Leaving Certificate Examination, 1916
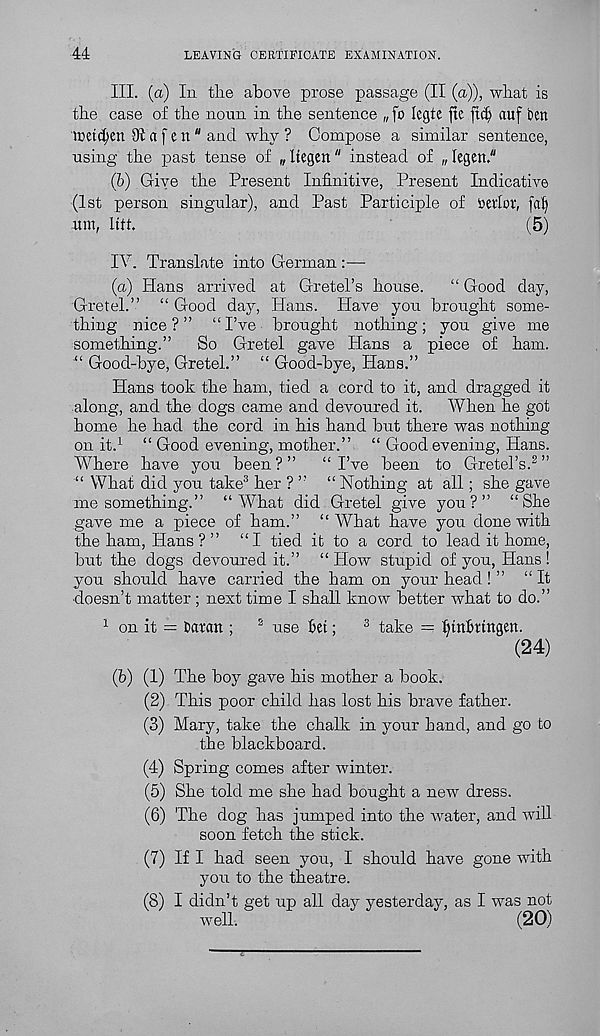
44
LEAVING CERTIFICATE EXAMINATION.
III. (a) Iii tlie above prose passage (II (a)), what is
the case of the noun in the sentence „ fo legtc fte ft$ auf ben
tteti^en 91 a f e n" and why ? Compose a similar sentence,
using the past tense of „ Itegen" instead of „ legen."
(b) Give the Present Infinitive, Present Indicative
(1st person singular), and Past Participle of toerlor, fctf)
urn, litt.
(5)
IV. Translate into German :—
(a) Hans arrived at Gretel’s house.
“ Good day,
Gretel.” “ Good day, Hans. Have you brought some-
thing nice?” “I’ve brought nothing; you give me
something.”
So Gretel gave Hans a piece of ham.
“ Good-bye, Gretel.” “ Good-bye, Hans.”
Hans took the ham, tied a cord to it, and dragged it
along, and the dogs came and devoured it.
When he got
home he had the cord in his hand but there was nothing
on it. 1 “ Good evening, mother.” “ Good evening, Hans.
Where have you been?”
“I’ve been to Gretel’s. 2 ”
What did you take 3 her ? ” “ Nothing at all; she gave
me something.” “What did Gretel give you?” “She
gave me a piece of ham.” “ What have you done with
the ham, Hans ? ” “I tied it to a cord to lead it home,
but the dogs devoured it.” “ How stupid of you, Hans !
you should have carried the ham on your head ! ” “ It
doesn’t matter ; next time I shall know better what to do.”
1 on it = Datan ;
2 use Bet;
3 take — fjtnlmttgen.
(24)
(b) (1) The boy gave his mother a book.
(2) This poor child has lost his brave father.
(3) Mary, take the chalk in your hand, and go to
the blackboard.
(4) Spring comes after winter.
(5) She told me she had bought a new dress.
(6) The dog has jumped into the water, and will
soon fetch the stick.
(7) If I had seen you, I should have gone with
you to the theatre.
(8) I didn’t get up all day yesterday, as I was not
well.
(20)